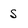
Character: S